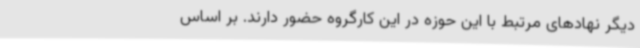
دیگر نهادهای مرتبط با این حوزه در این کارگروه حضور دارند. بر اساس